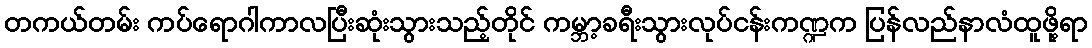
တကယ်တမ်း ကပ်ရောဂါကာလပြီးဆုံးသွားသည့်တိုင် ကမ္ဘာ့ခရီးသွားလုပ်ငန်းကဏ္ဍက ပြန်လည်နာလံထူဖို့ရာ